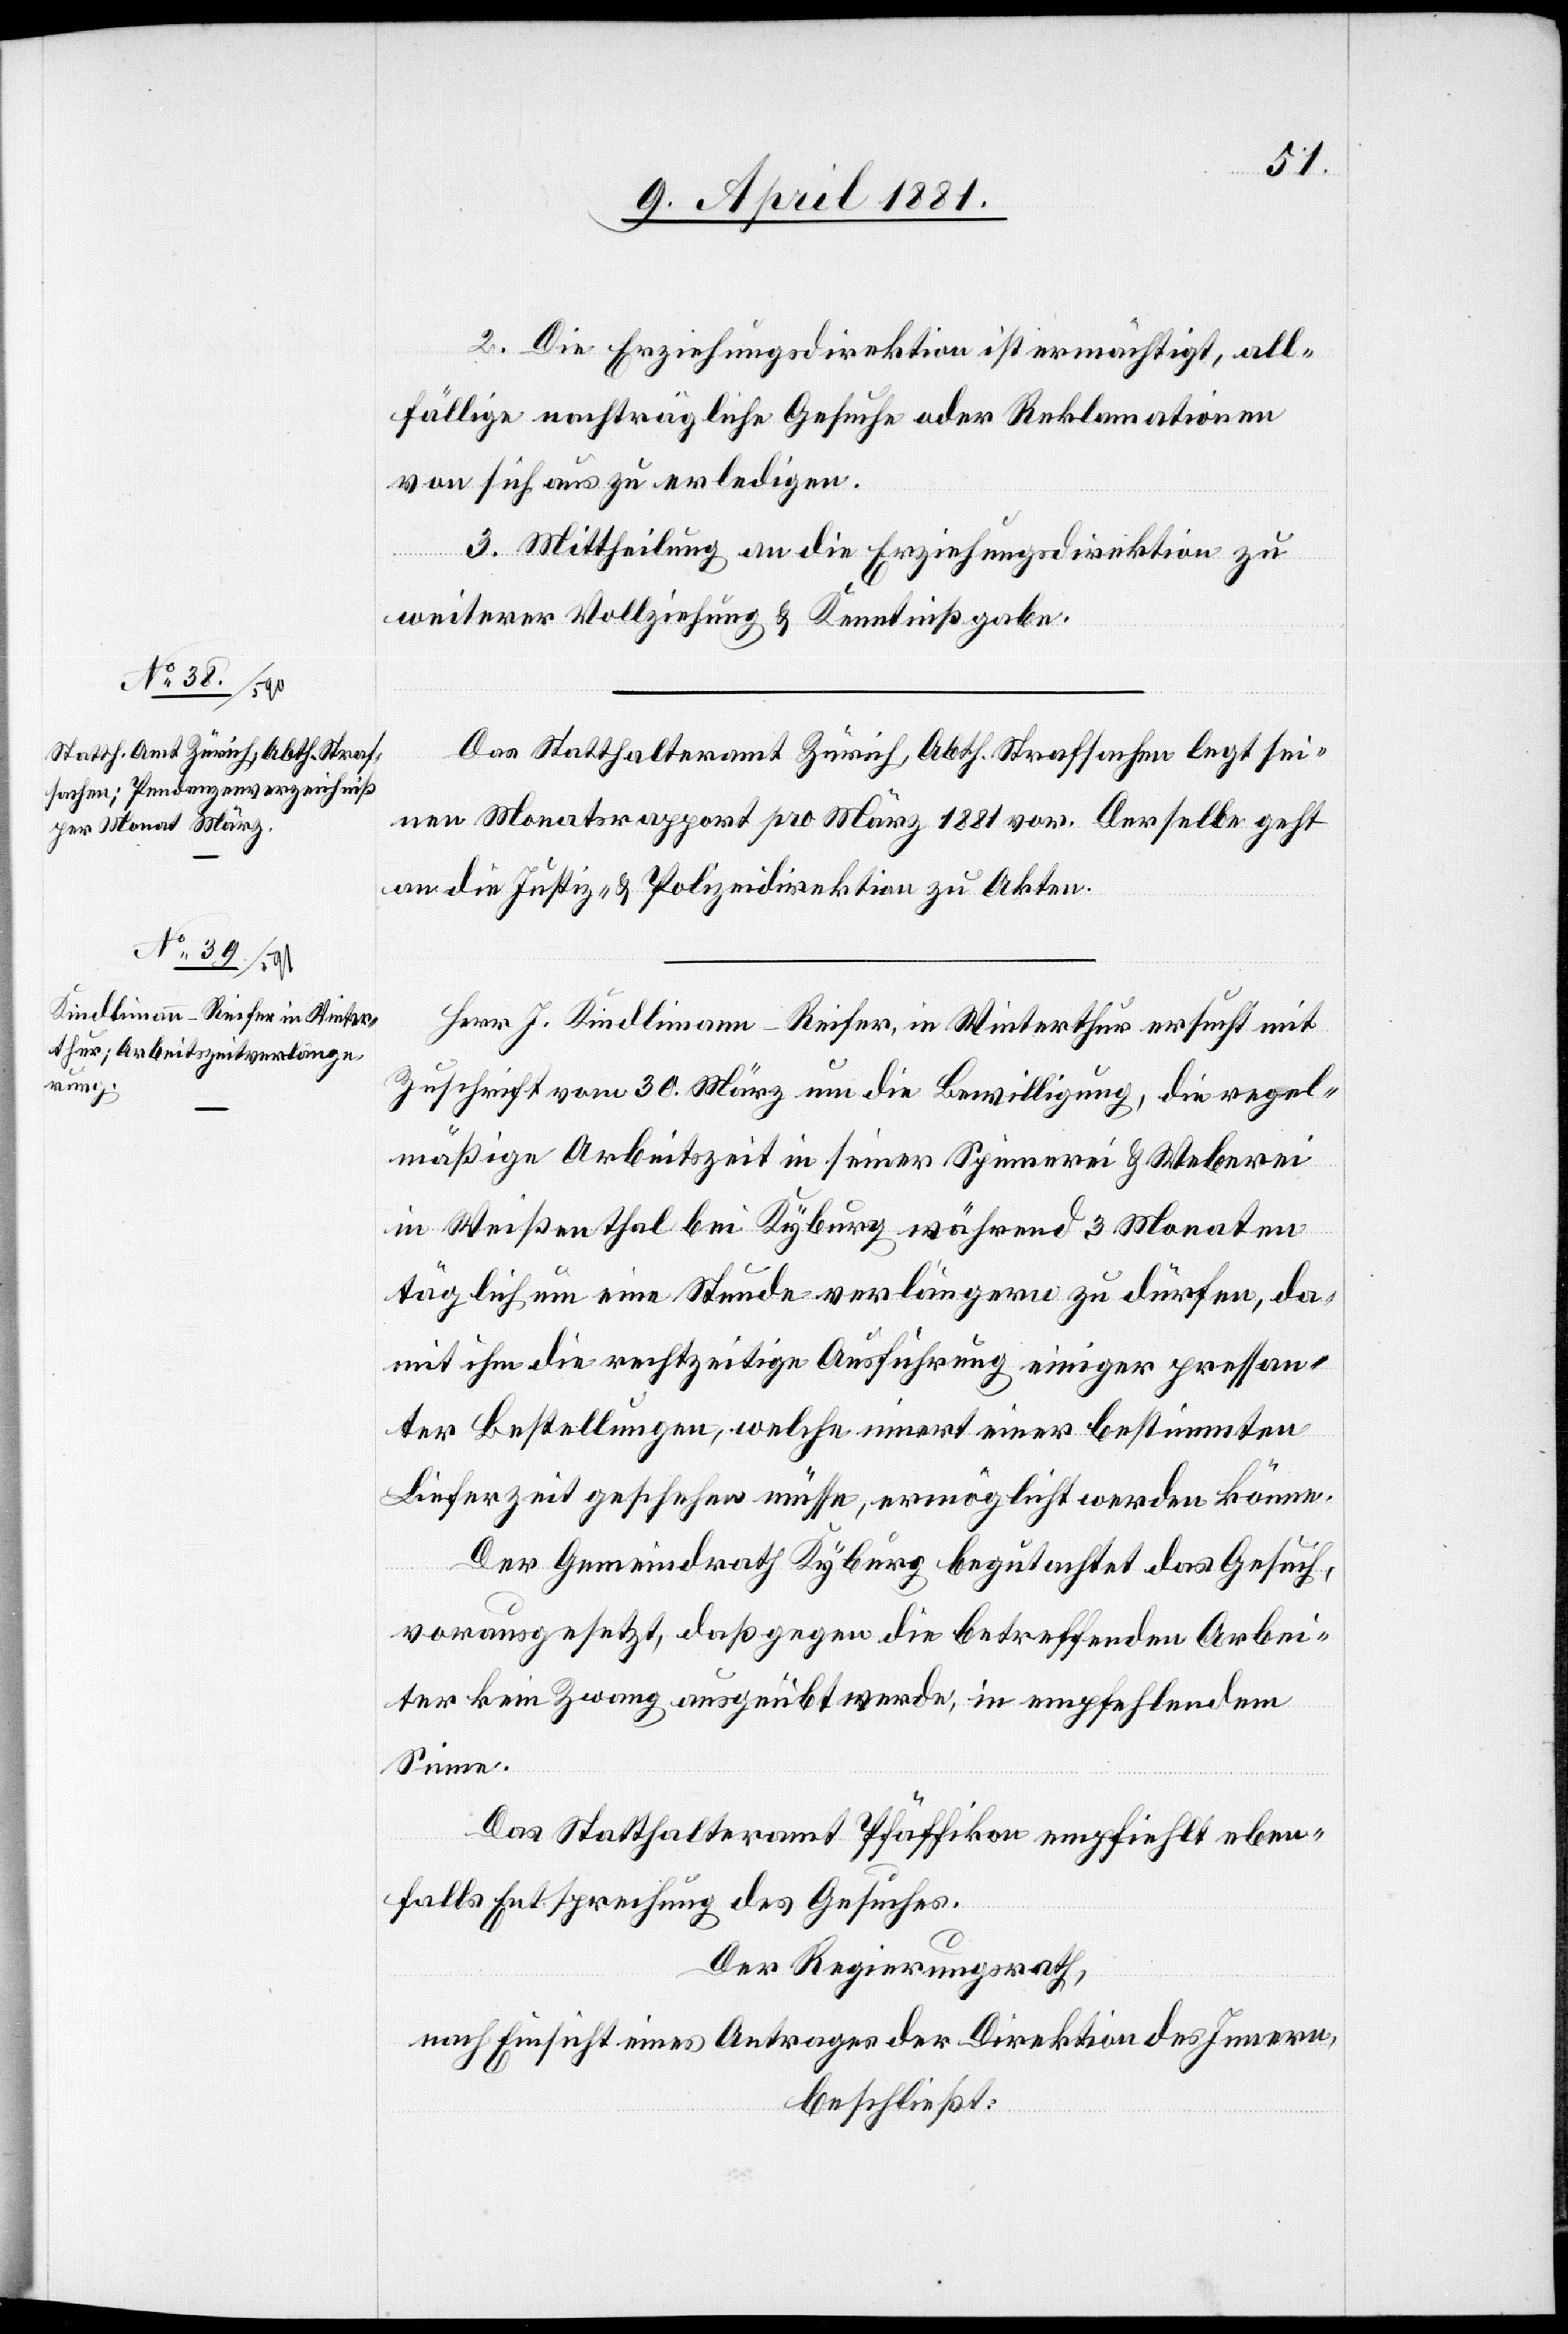
2. Die Erziehungsdirektion ist ermächtigt, all¬
fällige nachträgliche Gesuche oder Reklamationen
von sich aus zu erledigen.
3. Mittheilung an die Erziehungsdirektion zu
weiterer Vollziehung & Kenntnißgabe.
Das Statthalteramt Zürich, Abth. Strafsachen legt sei¬
nen Monatsrapport pro März 1881 vor. Derselbe geht
an die Justiz- & Polizeidirektion zu Akten.
Herr J. Kindlimann-Reifer, in Winterthur ersucht mit
Zuschrift vom 30. März um die Bewilligung, die regel¬
mäßige Arbeitszeit in seiner Spinnerei & Weberei
in Weißenthal bei Kyburg während 3 Monaten
täglich eine Stunde verlängern zu dürfen, da
mit ihm die rechtzeitige Ausführung einiger pressan¬
ter Bestellungen, welche innert einer bestimmten
Lieferzeit geschehen müsse, ermöglicht werden könne.
Der Gemeindrath Kyburg begutachtet das Gesuch,
vorausgesetzt, daß gegen die betreffenden Arbei¬
ter kein Zwang ausgeübt werde, in empfehlendem
Sinne.
Das Statthalteramt Pfäffikon empfiehlt eben¬
falls Entsprechung des Gesuches.
Der Regierungsrath,
nach Einsicht eines Antrages der Direktion des Innern,
beschließt: